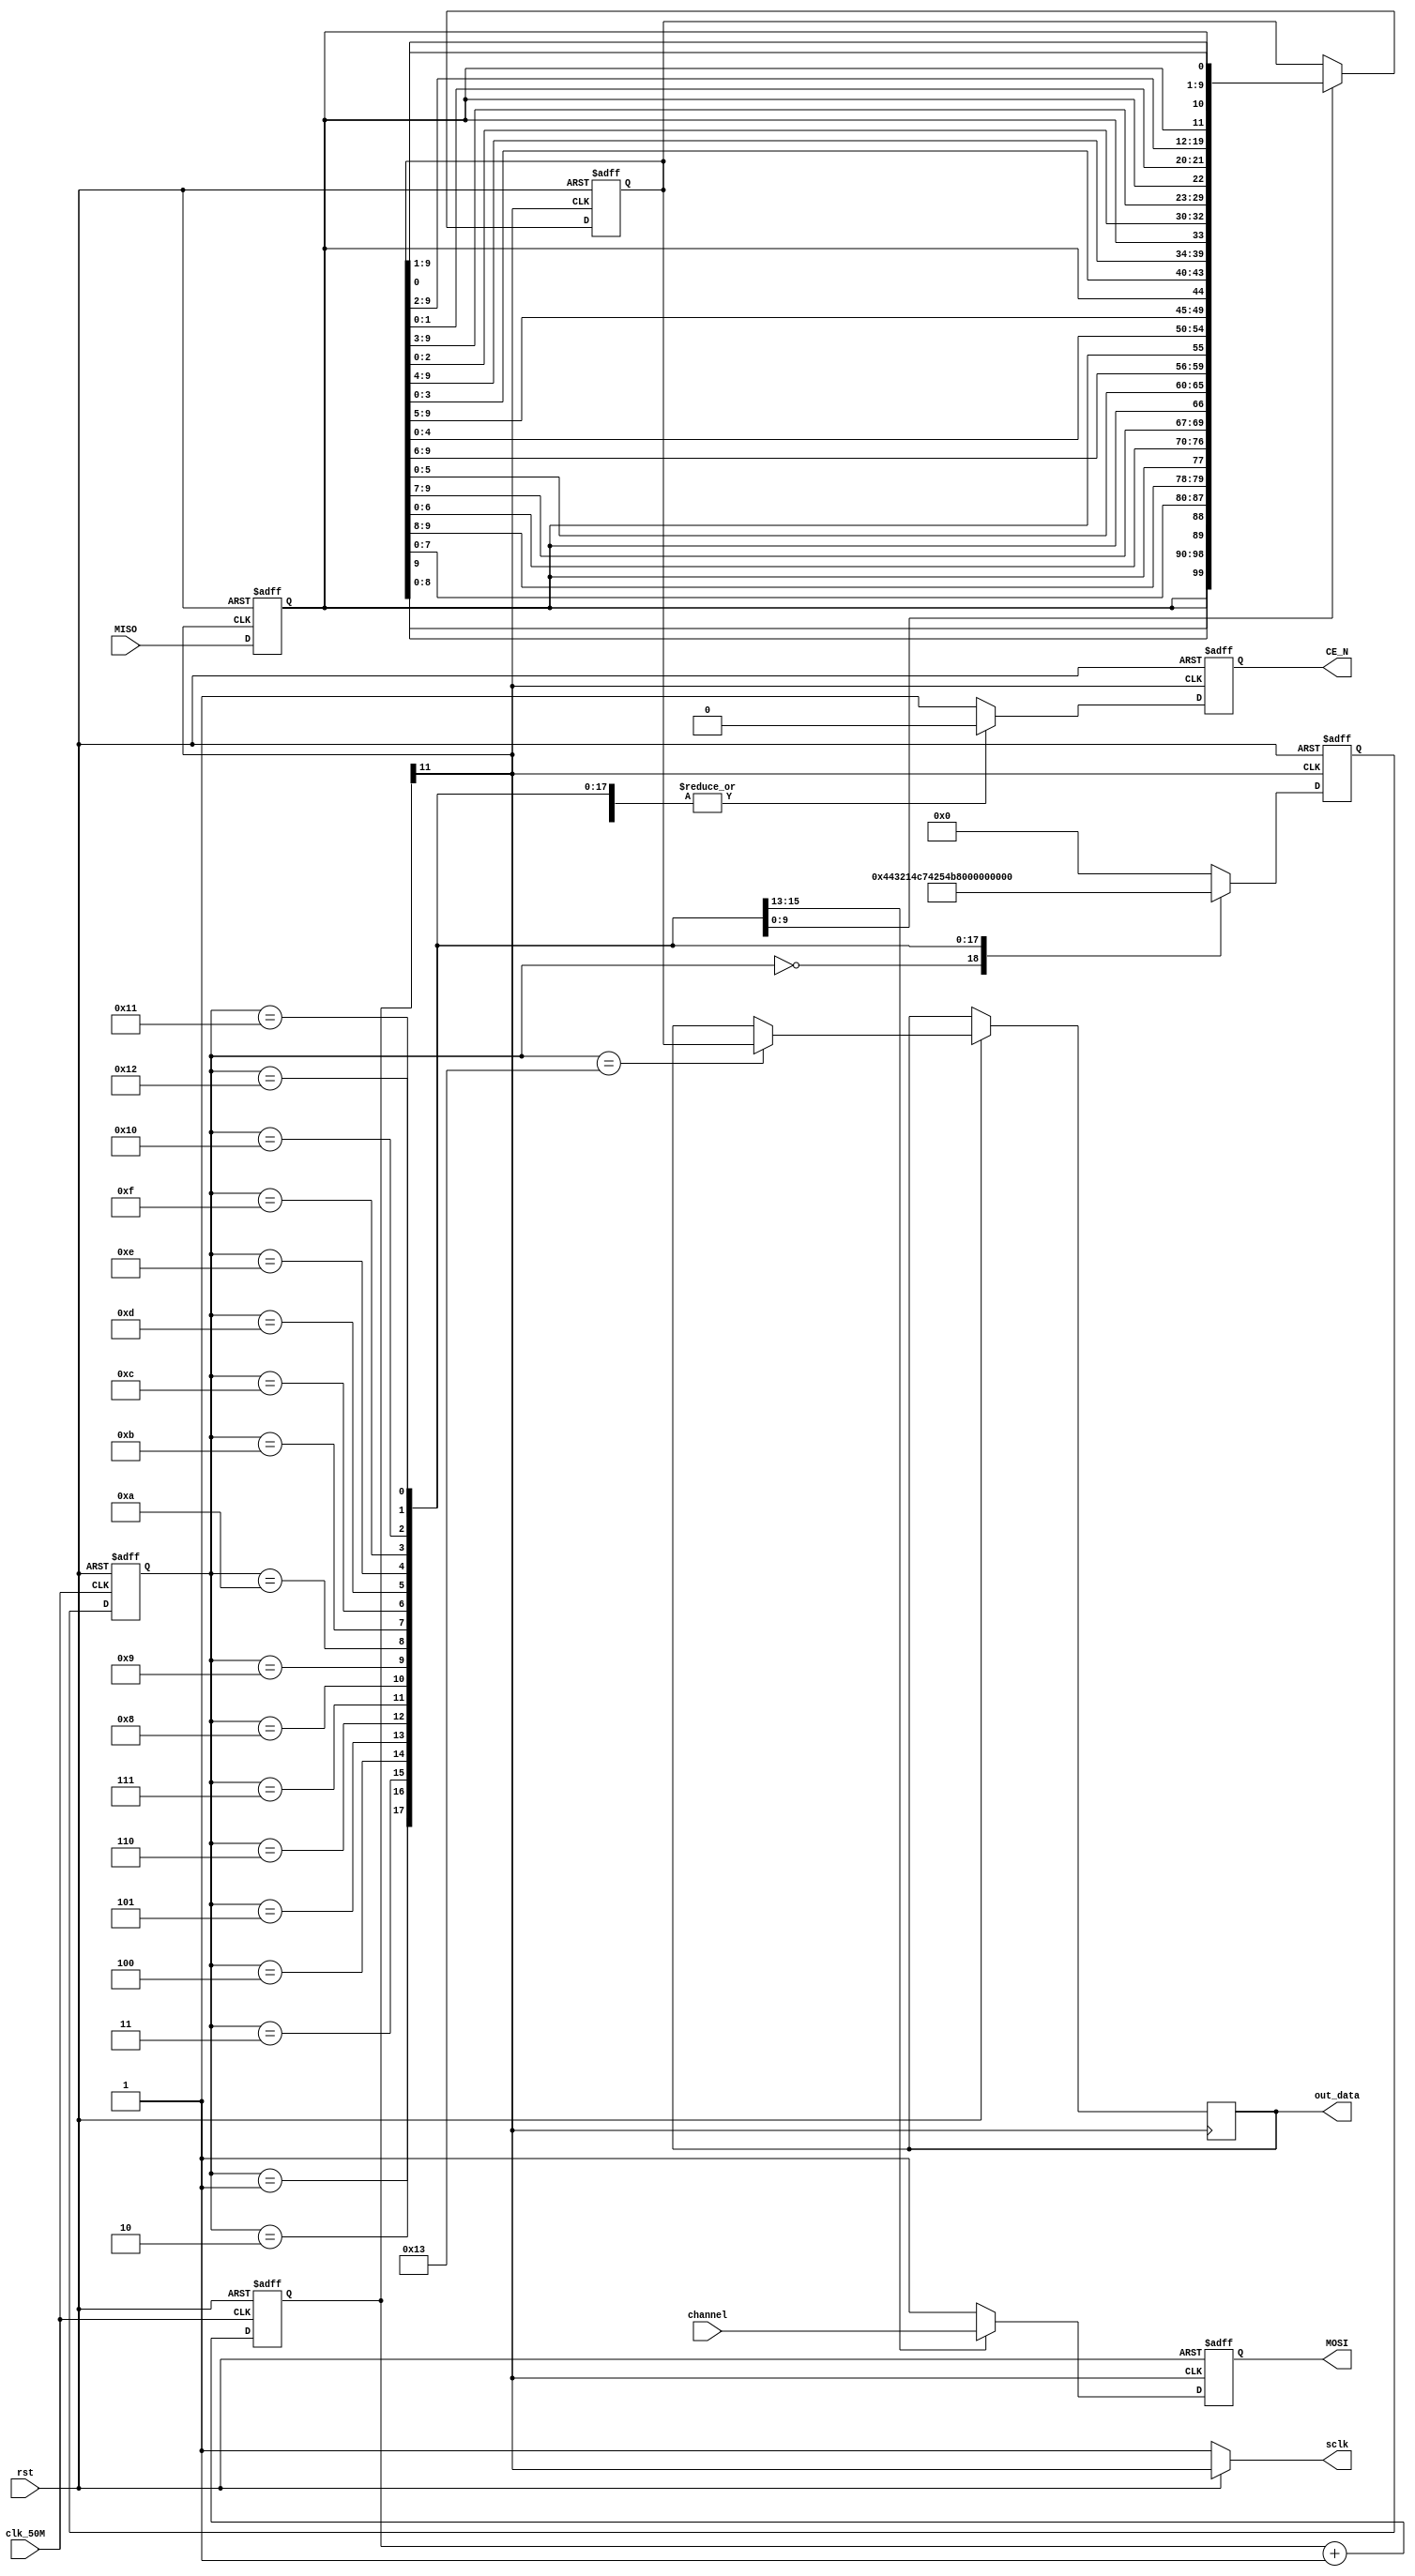
module ADC_test(clk_50M,sclk,MISO,MOSI,CE_N,rst,channel,out_data);

input clk_50M;
input rst;
input[2:0] channel;
output reg[9:0] out_data; //raw 10bits data

//SPI port
output sclk=(rst)?clk_12k:1'b1;
input MISO;
output MOSI=MOSI_reg;
output CE_N=CE_N_reg;

//clk for SPI
wire clk_12k=count[11];	//12.5kHz
reg[13:0] count;

//other registers
reg MOSI_reg;
reg MISO_reg;
reg CE_N_reg;
reg[4:0] state;
reg[4:0] next_state;
reg process;
reg[9:0] out_data_reg;

//state change and count use for get low-speed clk for SPI 
always@(posedge clk_50M or negedge rst)
begin
	if(!rst)
	begin
		state<=5'b00000;
		count<=14'b00000000000000;
	end
	else
	begin
		state<=next_state;
		count<=count+1'b1;
	end
end

//for SPI read data(input)
always@(posedge clk_12k or negedge rst)
begin
	if(!rst)
	begin
		MISO_reg<=1'b0;
	end
	else
	begin
		MISO_reg<=MISO;			
	end
end

//for SPI write data(output)
always@(negedge clk_12k or negedge rst)
begin
	if(!rst)
	begin
		next_state<=5'b00000;
		MOSI_reg<=1'b1;
		CE_N_reg<=1'b1;
		out_data_reg<=9'b000000000;
	end
	else
	begin		

		case(state)
		
			5'b00000: //wait state
			begin
				out_data_reg<=out_data_reg;
				CE_N_reg<=1'b1;
				MOSI_reg<=1'b1;
				out_data<=out_data;
				next_state<=5'b00001;
			end
			
			5'b00001: //start state(MOSI start bit)
			begin
				out_data_reg<=out_data_reg;
				CE_N_reg<=1'b0;
				MOSI_reg<=1'b1;
				next_state<=5'b00010;
				out_data<=out_data;
			end
			
			5'b00010: //MOSI control bit 1 
			begin
				out_data_reg<=out_data_reg;
				CE_N_reg<=1'b0;
				MOSI_reg<=1'b1;	//(1=single;0=different)
				next_state<=5'b00011;
				out_data<=out_data;
			end
			
			5'b00011: //MOSI control bit 2(channel bit[2]) 
			begin
				out_data_reg<=out_data_reg;
				CE_N_reg<=1'b0;
				MOSI_reg<=channel[2];
				next_state<=5'b00100;
				out_data<=out_data;
			end
			
			5'b00100: //MOSI control bit 3(channel bit[1]) 
			begin
				out_data_reg<=out_data_reg;
				CE_N_reg<=1'b0;
				MOSI_reg<=channel[1];	
				next_state<=5'b00101;
				out_data<=out_data;
			end
			
			5'b00101: //MOSI control bit 4(channel bit[0]) 
			begin
				out_data_reg<=out_data_reg;
				CE_N_reg<=1'b0;
				MOSI_reg<=channel[0];	
				next_state<=5'b00110;
				out_data<=out_data;
			end
			
			5'b00110: //nop
			begin
				out_data_reg<=out_data_reg;
				CE_N_reg<=1'b0;
				MOSI_reg<=1'b1;	
				next_state<=5'b00111;
				out_data<=out_data;
			end			
			5'b00111: //nop
			begin
				out_data_reg<=out_data_reg;
				CE_N_reg<=1'b0;
				MOSI_reg<=1'b1;	
				next_state<=5'b01000;
				out_data<=out_data;
			end			
			5'b01000: //nop
			begin
				out_data_reg<=out_data_reg;
				CE_N_reg<=1'b0;
				MOSI_reg<=1'b1;	
				next_state<=5'b01001;
				out_data<=out_data;
			end
			
			5'b01001: //MOSI input(D9)
			begin
				out_data_reg<={MISO_reg,out_data_reg[8:0]};
				CE_N_reg<=1'b0;
				MOSI_reg<=1'b1;	
				next_state<=5'b01010;
				out_data<=out_data;
			end

			5'b01010: //MOSI input(D8)
			begin
				out_data_reg<={out_data_reg[9],MISO_reg,out_data_reg[7:0]};
				CE_N_reg<=1'b0;
				MOSI_reg<=1'b1;	
				next_state<=5'b01011;
				out_data<=out_data;
			end

			5'b01011: //MOSI input(D7)
			begin
				out_data_reg<={out_data_reg[9:8],MISO_reg,out_data_reg[6:0]};
				CE_N_reg<=1'b0;
				MOSI_reg<=1'b1;	
				next_state<=5'b01100;
				out_data<=out_data;
			end	
			
			5'b01100: //MOSI input(D6)
			begin
				out_data_reg<={out_data_reg[9:7],MISO_reg,out_data_reg[5:0]};
				CE_N_reg<=1'b0;
				MOSI_reg<=1'b1;	
				next_state<=5'b01101;
				out_data<=out_data;
			end

			5'b01101: //MOSI input(D5)
			begin
				out_data_reg<={out_data_reg[9:6],MISO_reg,out_data_reg[4:0]};
				CE_N_reg<=1'b0;
				MOSI_reg<=1'b1;	
				next_state<=5'b01110;
				out_data<=out_data;
			end
	
			5'b01110: //MOSI input(D4)
			begin
				out_data_reg<={out_data_reg[9:5],MISO_reg,out_data_reg[3:0]};
				CE_N_reg<=1'b0;
				MOSI_reg<=1'b1;	
				next_state<=5'b01111;
				out_data<=out_data;
			end
		
			5'b01111: //MOSI input(D3)
			begin
				out_data_reg<={out_data_reg[9:4],MISO_reg,out_data_reg[2:0]};
				CE_N_reg<=1'b0;
				MOSI_reg<=1'b1;	
				next_state<=5'b10000;
				out_data<=out_data;
			end
		
			5'b10000: //MOSI input(D2)
			begin
				out_data_reg<={out_data_reg[9:3],MISO_reg,out_data_reg[1:0]};
				CE_N_reg<=1'b0;
				MOSI_reg<=1'b1;	
				next_state<=5'b10001;
				out_data<=out_data;
			end

			5'b10001: //MOSI input(D1)
			begin
				out_data_reg<={out_data_reg[9:2],MISO_reg,out_data_reg[0]};
				CE_N_reg<=1'b0;
				MOSI_reg<=1'b1;	
				next_state<=5'b10010;
				out_data<=out_data;
			end
			
			5'b10010: //MOSI input(D0)
			begin
				out_data_reg<={out_data_reg[9:1],MISO_reg};
				CE_N_reg<=1'b0;
				MOSI_reg<=1'b1;	
				next_state<=5'b10011;
				out_data<=out_data;
			end
			
			5'b10011: //end
			begin
				out_data_reg<=out_data_reg;
				CE_N_reg<=1'b0;
				MOSI_reg<=1'b1;	
				next_state<=5'b00000;
				out_data<=out_data_reg;
			end
				
			default
			begin
				out_data_reg<=out_data_reg;
				next_state<=5'b00000;
				MOSI_reg<=1'b1;
				CE_N_reg<=1'b1;
			end
			
		endcase
	end
end


endmodule